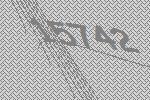
15742